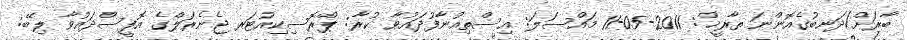
ބާރަށް/ދަނބުގެއޮންނަ ތާރީޚް: 2011-05-11 މައްސަލަ: އިސްތިއުނާފުދައުވާ ކުރާ: ޕްރޮސިކިއުޓަރ ޖެނެރަލްގެ އޮފީސްދައުވާ ލިބޭ: